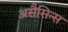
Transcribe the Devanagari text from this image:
असैसिन्स